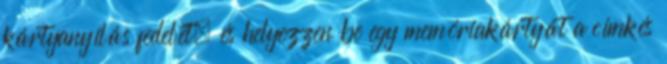
kártyanyílás fedelét, és helyezzen be egy memóriakártyát a címkés